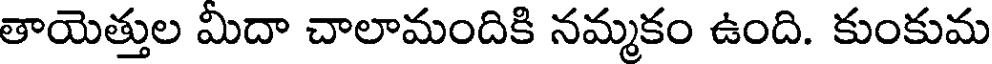
తాయెత్తుల మిదా చాలామందికి నమ్మకం ఉంది. కుంకుమ